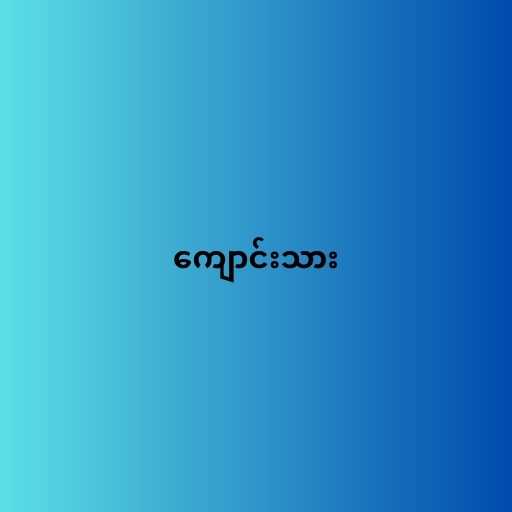
ကျောင်းသား